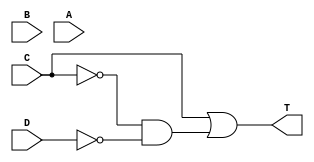
module Assignment2(

input wire D,
input wire C,
input wire B,
input wire A,

output reg T

);
reg P,Q,R,S;
//(C)||(!C&&!D);
not (P,C);
not (Q,D);
and (R,C);
and (S,P,Q);
or (T,R,S);
endmodule